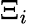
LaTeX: \Xi_{i}